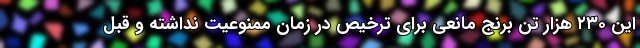
این ۲۳۰ هزار تن برنج مانعی برای ترخیص در زمان ممنوعیت نداشته و قبل